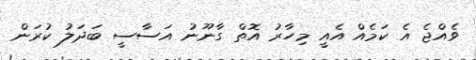
ވެއްޖެ އެ ކަމެއް އެއީ މިހާރު އޮތް ގާނޫނު އަސާސީ ބަދަލު ކުރަން